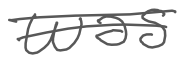
Text: was
Cross-out: mix
Writing tool: digital_gray